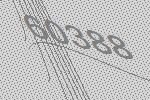
60388